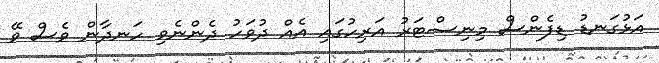
އަޅުގަނޑު ޑިފެންސް މިނިސްޓަރު އަރިހުގައި އެއް ދުވަހު ދެންނެވި ހަނދާން ވެސް ވޭ